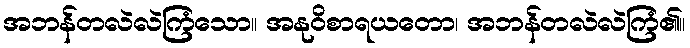
အဘန်တလဲလဲကြံသော။ အနုဝိစာရယတော၊ အဘန်တလဲလဲကြံ၏။